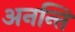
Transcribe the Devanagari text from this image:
अनन्ति